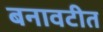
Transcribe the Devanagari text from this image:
बनावटीत